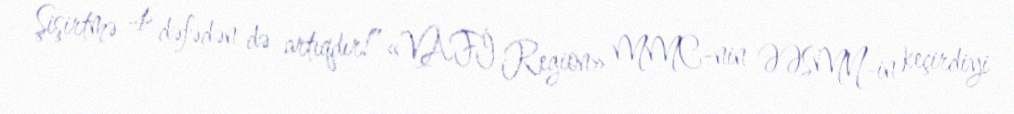
Şişirtmə 4 dəfədən də artıqdır!”«VAFİ Region» MMC-nin ƏƏSMN-in keçirdiyi